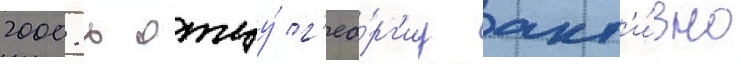
2000-х отцу́ г'ео́рг'иу акт'и́вно